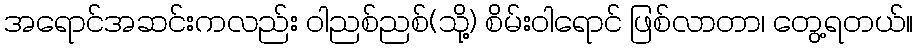
အရောင်အဆင်းကလည်း ဝါညစ်ညစ်(သို့) စိမ်းဝါရောင် ဖြစ်လာတာ၊ တွေ့ရတယ်။